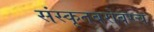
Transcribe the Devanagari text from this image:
संस्कृतबरोबरच